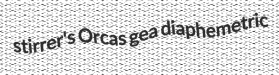
stirrer's Orcas gea diaphemetric